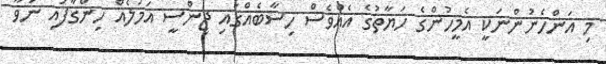
މި އަންހެނުންނަކީ އެމީހުންގެ ހަޔާތުގެ އެއްވެސް ހިސާބެއްގައި ޖިންސީ އަމަލެއް ހިންގާފައި ނުވާ